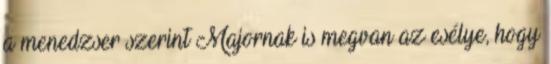
a menedzser szerint Majornak is megvan az esélye, hogy